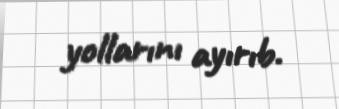
yollarını ayırıb.